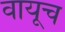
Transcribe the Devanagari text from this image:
वायूच